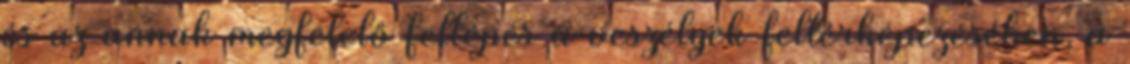
és az annak megfelelő fellépés a veszélyek feltérképezésében, a